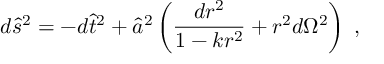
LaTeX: d \hat { s } ^ { 2 } = - d \hat { t } ^ { 2 } + \hat { a } ^ { 2 } \left( \frac { d r ^ { 2 } } { 1 - k r ^ { 2 } } + r ^ { 2 } d \Omega ^ { 2 } \right) \; ,